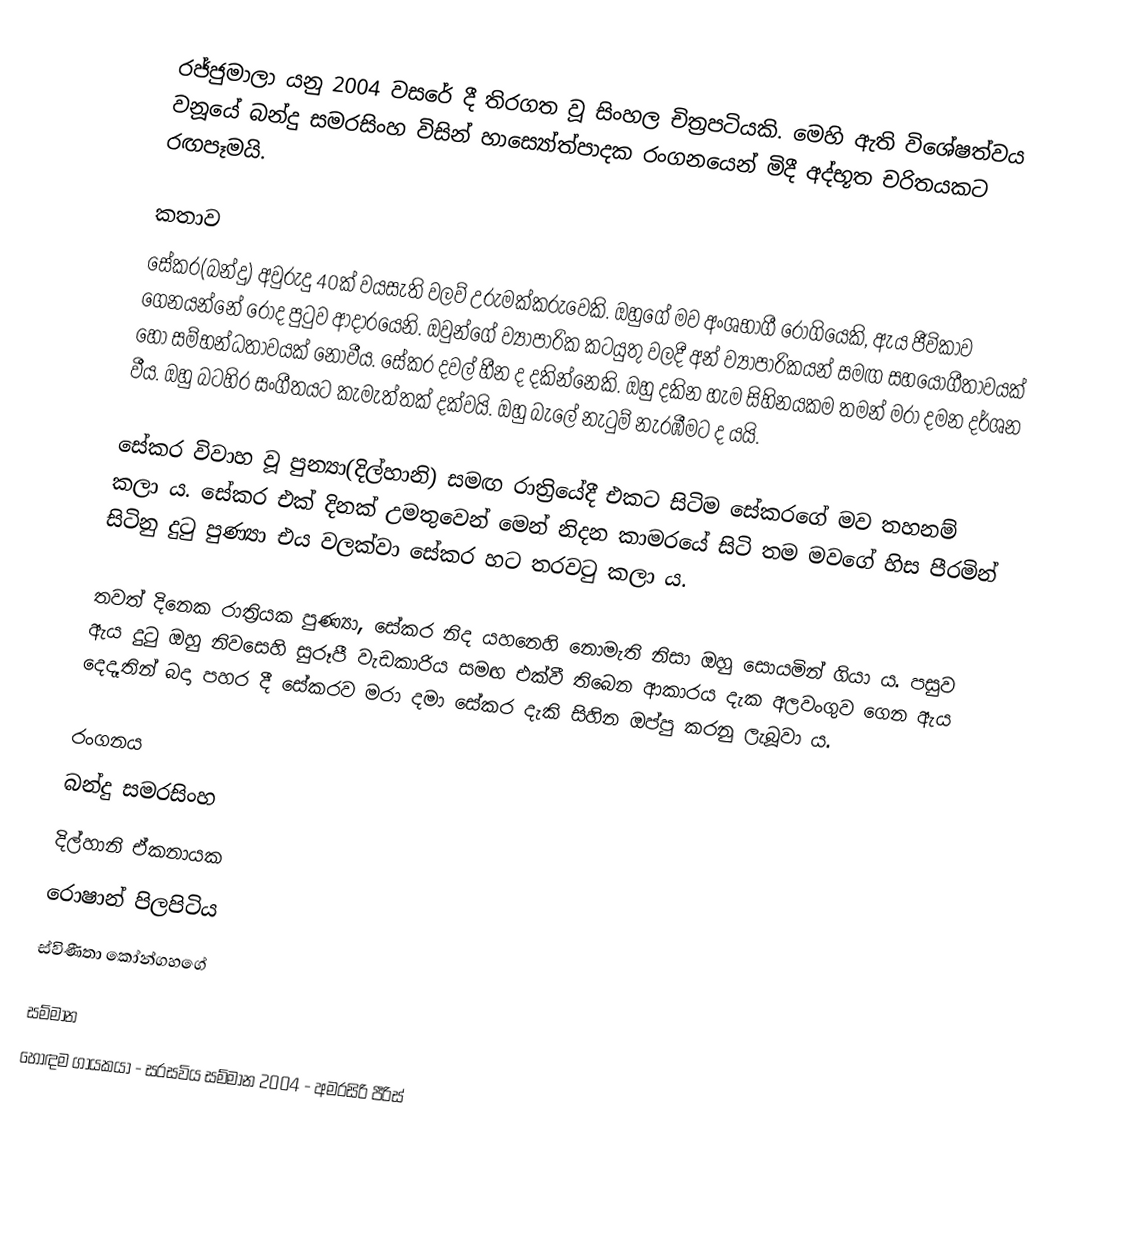
රජ්ජුමාලා යනු 2004 වසරේ දී තිරගත වූ සිංහල චිත්‍රපටියකි. මෙහි ඇති විශේෂත්වය වනූයේ බන්දු සමරසිංහ විසින් හාස්‍යෝත්පාදක රංගනයෙන් මිදී අද්භූත චරිතයකට රඟපෑමයි.

කතාව
සේකර(බන්දු) අවුරුදු 40ක් වයසැති වලව් උරුමක්කරුවෙකි. ඔහුගේ මව අංශභාගී රෝගියෙකි, ඇය ජීවිකාව ගෙනයන්නේ රෝද පුටුව ආදාරයෙනි. ඔවුන්ගේ ව්‍යාපාරික කටයුතු වලදී අන් ව්‍යාපාරිකයන් සමඟ සහයෝගීතාවයක් හෝ සම්භන්ධතාවයක් නොවීය. සේකර දවල් හීන ද දකින්නෙකි. ඔහු දකින හැම සිහිනයකම තමන් මරා දමන දර්ශන වීය. ඔහු බටහිර සංගීතයට කැමැත්තක් දක්වයි. ඔහු බැලේ නැටුම් නැරඹීමට ද යයි.

සේකර විවාහ වූ පුන්‍යා(දිල්හානි) සමඟ රාත්‍රියේදී එකට සිටිම සේකරගේ මව තහනම් කලා ය. සේකර එක් දිනක් උමතුවෙන් මෙන් නිදන කාමරයේ සිටි තම මවගේ හිස පීරමින් සිටිනු දුටු පුණ්‍යා එය වලක්වා සේකර හට තරවටු කලා ය.

තවත් දිනෙක රාත්‍රියක පුණ්‍යා, සේකර නිද යහනෙහි නොමැති නිසා ඔහු සොයමින් ගියා ය. පසුව ඇය දුටු ඔහු නිවසෙහි සුරූපී වැඩකාරිය සමඟ එක්වී තිබෙන ආකාරය දැක අලවංගුව ගෙන ඇය දෙදෑතින් බදා පහර දී සේකරව මරා දමා සේකර දැකි සිහින ඔප්පු කරනු ලැබූවා ය.

රංගනය
බන්දු සමරසිංහ
දිල්හානි ඒකනායක
රොෂාන් පිලපිටිය
ස්විණීතා කෝන්ගහගේ

සම්මාන
හොඳම ගායකයා - සරසවිය සම්මාන 2004 - අමරසිරි පීරිස්